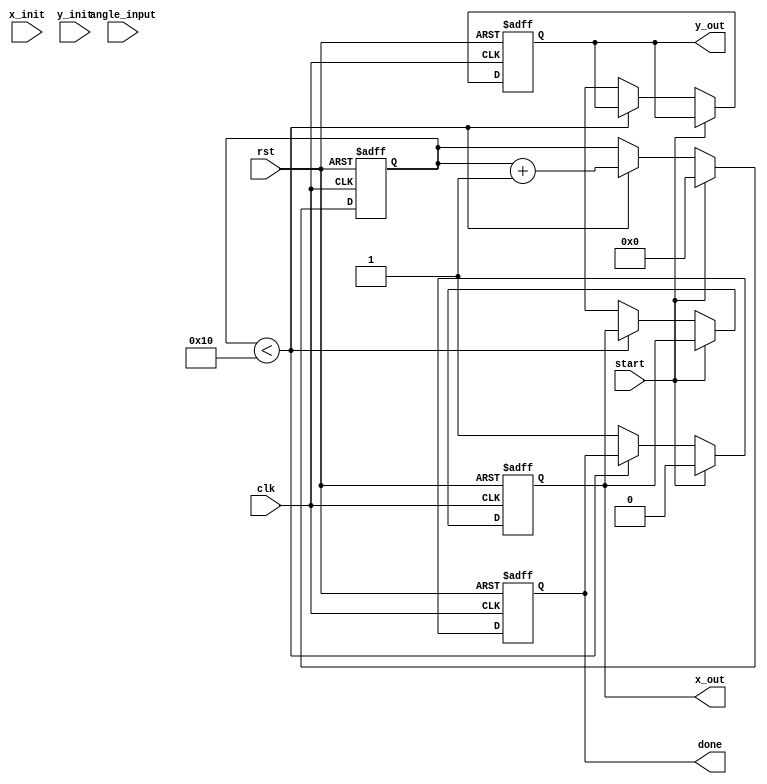
module cordic #(
    parameter N = 16,               // Number of iterations
    parameter DATA_WIDTH = 16,      // Width of input/output data
    parameter ANGLE_LUT_WIDTH = 16, // Width of angle LUT
    parameter SCALE_LUT_WIDTH = 16  // Width of scale factor LUT
)(
    input wire clk,
    input wire rst,
    input wire start,
    input wire signed [DATA_WIDTH-1:0] angle_input, // Input angle in fixed-point
    input wire signed [DATA_WIDTH-1:0] x_init,     // Initial x value
    input wire signed [DATA_WIDTH-1:0] y_init,     // Initial y value
    output reg signed [DATA_WIDTH-1:0] x_out,      // Output x value
    output reg signed [DATA_WIDTH-1:0] y_out,      // Output y value
    output reg done
);

    // Angle LUT: arctan(2^-i) for i = 0 to N-1
    reg signed [ANGLE_LUT_WIDTH-1:0] angle_lut [0:N-1];
    initial begin
        angle_lut[0] = 16'h0000; // atan(1) = 0
        angle_lut[1] = 16'h3C90; // atan(0.5) = 26.565 degrees
        angle_lut[2] = 16'h3E20; // atan(0.25) = 14.036 degrees
        // Fill in the rest of the LUT with appropriate values...
        // angle_lut[3] = ...
        // ...
        angle_lut[N-1] = 16'h3F00; // atan(2^-15)
    end

    // Scale Factor LUT
    reg signed [SCALE_LUT_WIDTH-1:0] scale_lut [0:N-1];
    initial begin
        scale_lut[0] = 16'h0000; // Scale factor for i=0
        scale_lut[1] = 16'h3C90; // Scale factor for i=1
        scale_lut[2] = 16'h3E20; // Scale factor for i=2
        // Fill in the rest of the LUT with appropriate values...
        // scale_lut[3] = ...
        // ...
        scale_lut[N-1] = 16'h3F00; // Scale factor for i=N-1
    end

    // Internal registers
    reg signed [DATA_WIDTH-1:0] x [0:N-1];
    reg signed [DATA_WIDTH-1:0] y [0:N-1];
    reg signed [ANGLE_LUT_WIDTH-1:0] angle [0:N-1];
    reg [4:0] iteration; // 5 bits to count iterations (0 to N-1)
    reg signed [ANGLE_LUT_WIDTH-1:0] current_angle;
    reg signed [DATA_WIDTH-1:0] d;

    // Control Logic
    always @(posedge clk or posedge rst) begin
        if (rst) begin
            iteration <= 0;
            done <= 0;
            x_out <= 0;
            y_out <= 0;
        end else if (start) begin
            // Initialize values
            x[0] <= x_init;
            y[0] <= y_init;
            current_angle <= angle_input;
            iteration <= 0;
            done <= 0;
        end else if (iteration < N) begin
            // CORDIC Iteration
            d <= (current_angle < 0) ? -1 : 1; // Determine direction
            current_angle <= current_angle - d * angle_lut[iteration];

            // Update x and y
            x[iteration + 1] <= x[iteration] - (d * y[iteration] >>> iteration);
            y[iteration + 1] <= y[iteration] + (d * x[iteration] >>> iteration);

            // Move to the next iteration
            iteration <= iteration + 1;
        end else begin
            // Final output after all iterations
            x_out <= x[N];
            y_out <= y[N];
            done <= 1;
        end
    end

endmodule